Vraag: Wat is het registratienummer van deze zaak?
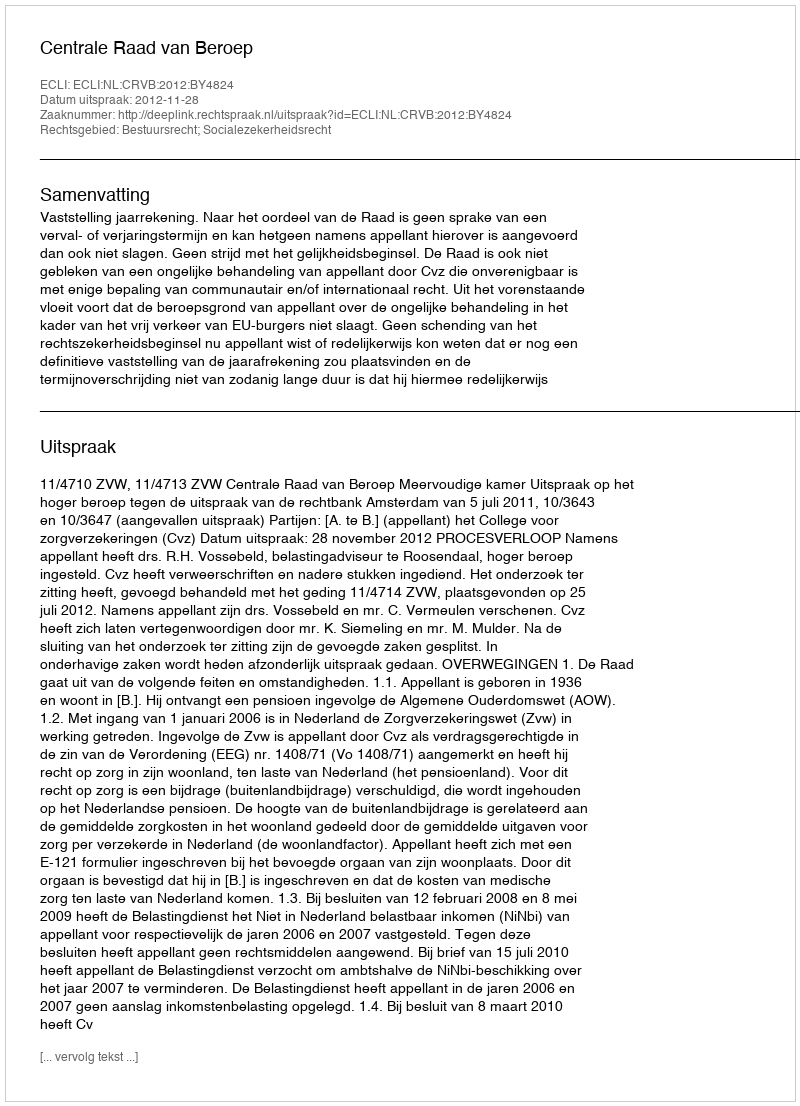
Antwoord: http://deeplink.rechtspraak.nl/uitspraak?id=ECLI:NL:CRVB:2012:BY4824